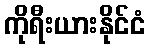
ကိုရီးယားနိုင်ငံ